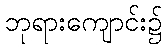
ဘုရားကျောင်း၌